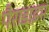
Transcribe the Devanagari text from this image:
पैराडाइम